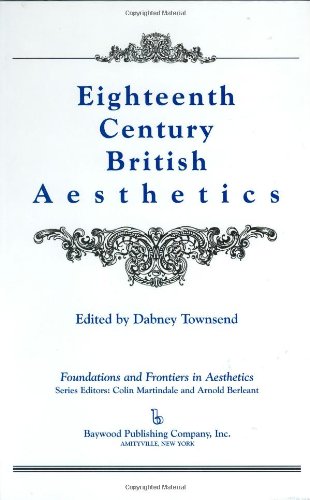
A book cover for Eighteenth-Century British Aesthetics (Foundations and Frontiers in Aesthetics Series); Politics & Social Sciences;